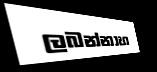
ලබන්නාහ